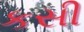
કસી